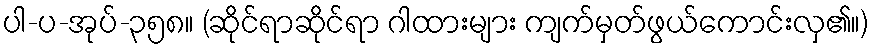
ပါ-ပ-အုပ်-၃၅၈။ (ဆိုင်ရာဆိုင်ရာ ဂါထားများ ကျက်မှတ်ဖွယ်ကောင်းလှ၏။)